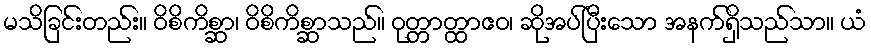
မသိခြင်းတည်း။ ဝိစိကိစ္ဆာ၊ ဝိစိကိစ္ဆာသည်။ ဝုတ္တာတ္ထာဧဝ၊ ဆိုအပ်ပြီးသော အနက်ရှိသည်သာ။ ယံ